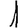
Digit: 1